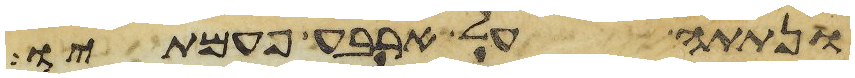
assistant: ונתתה על ארבע פעמתיו